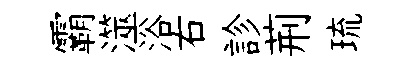
霸澨浴右診荊琉